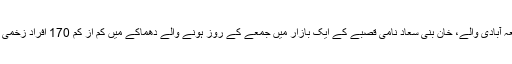
زیادہ تر شیعہ آبادی والے، خان بنی سعاد نامی قصبے کے ایک بازار میں جمعے کے روز ہونے والے دھماکے میں کم از کم 170 افراد زخمی ہوئے تھے۔